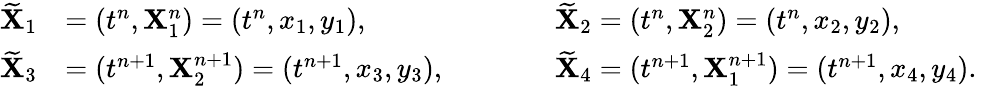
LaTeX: \begin{array}{rlrlr}{\widetilde{\mathbf{X}}_{1}}&{=(t^{n},\mathbf{X}_{1}^{n})=(t^{n},x_{1},y_{1}),}&{\qquad}&{\widetilde{\mathbf{X}}_{2}=(t^{n},\mathbf{X}_{2}^{n})=(t^{n},x_{2},y_{2}),}&\\ {\widetilde{\mathbf{X}}_{3}}&{=(t^{n+1},\mathbf{X}_{2}^{n+1})=(t^{n+1},x_{3},y_{3}),}&{\qquad}&{\widetilde{\mathbf{X}}_{4}=(t^{n+1},\mathbf{X}_{1}^{n+1})=(t^{n+1},x_{4},y_{4}).}&\end{array}